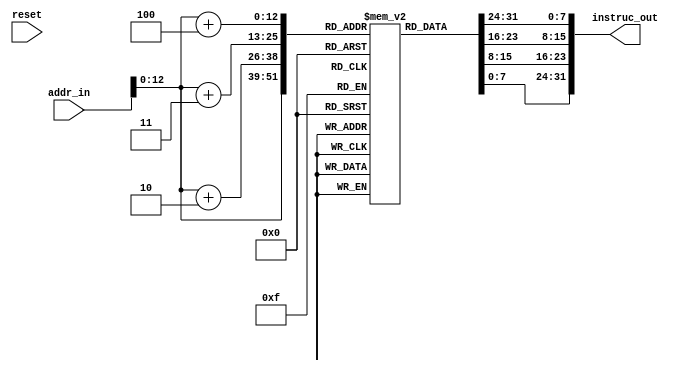
module instructionMem(reset , addr_in, instruc_out);

    input reset;
    input [31:0] addr_in;
    output reg [31:0] instruc_out;
    
    reg[7:0] mem [4096:0]; // (4*1024) x 1 byte registers
    
    // concatinate nearby registers and output
    always @(addr_in)
        instruc_out =  {mem[addr_in+4] , mem[addr_in+3] , mem[addr_in+2] , mem[addr_in]};
       
endmodule